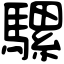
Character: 騾